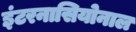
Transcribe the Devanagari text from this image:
इंटरनासियोनाल